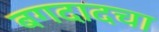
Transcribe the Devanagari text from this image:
बगदादचा